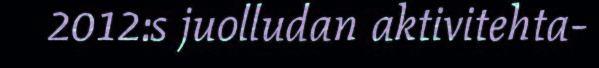
2012:s juolludan aktivitehta-